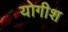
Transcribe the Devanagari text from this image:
योगीश